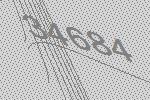
34684